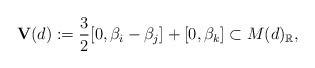
LaTeX: \begin{align*} \textbf{V}(d):=\frac{3}{2}[0, \beta_i-\beta_j]+[0, \beta_k]\subset M(d)_{\mathbb{R}},\end{align*}